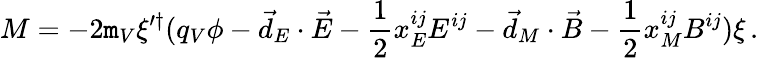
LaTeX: M=-2\mathtt{m}_{V}\xi^{\prime\dagger}(q_{V}\phi-\vec{{d}}_{E}\cdot\vec{{E}}-\frac{{1}}{{2}}x_{E}^{ij}E^{ij}-\vec{{d}}_{M}\cdot\vec{{B}}-\frac{{1}}{{2}}x_{M}^{ij}B^{ij})\xi\, .